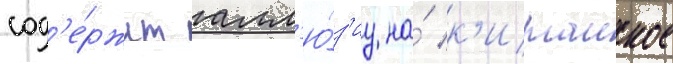
сод'е́ржит алл'ю́з'иу на́ к'итаиское